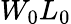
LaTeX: W_{0}L_{0}